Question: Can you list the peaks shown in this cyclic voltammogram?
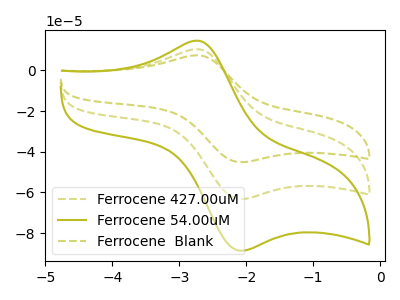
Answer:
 <answer>The olive dashed curve "Ferrocene 427.00uM" has an anodic peak at (-2.75V, 10.45uA) and a cathodic peak at (-2.10V, -63.30uA). The olive curve "Ferrocene 54.00uM" has an anodic peak at (-2.75V, 14.65uA) and a cathodic peak at (-2.10V, -88.75uA). The olive dashed curve "Ferrocene  Blank" has an anodic peak at (-2.75V, 20.90uA) and a cathodic peak at (-2.10V, -126.60uA).</answer>
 <eval></eval>